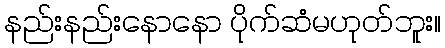
နည်းနည်းနောနော ပိုက်ဆံမဟုတ်ဘူး။